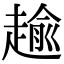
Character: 𧼯